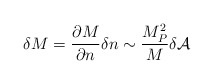
\begin{align*}\delta M = \frac{\partial M}{\partial n} \delta n \sim\frac{M^{2}_{P}}{M} \delta {\cal A}\end{align*}